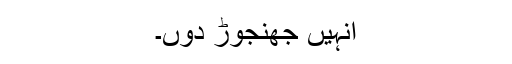
انہیں جھنجوڑ دوں۔